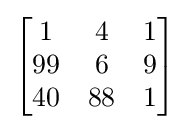
{\begin{bmatrix}1&4&1\\99&6&9\\40&88&1\end{bmatrix}}